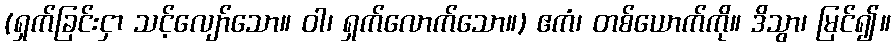
(ရှက်ခြင်းငှာ သင့်လျော်သော။ ဝါ၊ ရှက်လောက်သော။) ဧကံ၊ တစ်ယောက်ကို။ ဒိသွာ၊ မြင်၍။